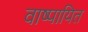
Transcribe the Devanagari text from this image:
वाष्पायित